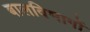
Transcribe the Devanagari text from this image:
बालविभागों